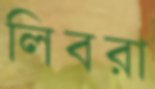
লিবরা